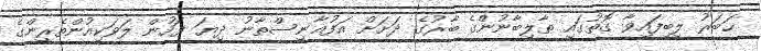
ޚަބަރު ލިބިފައިވާ ގޮތުގައި ޠާލިބާނުންގެ ބާރުގެ ދަށަށް އަފުޣާނިސްތާނު ދިޔަ ފަހުން ލަވަކިއުންތެރީންގެ